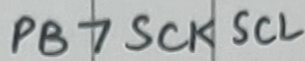
Text: PB7 SCK SCL